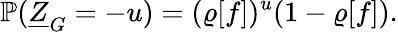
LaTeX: \mathbb{P}(\underline{{Z}}_{G}=-u)=(\varrho[f])^{u}(1-\varrho[f]).